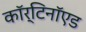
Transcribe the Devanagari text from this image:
कॉर्टिनॉएड